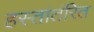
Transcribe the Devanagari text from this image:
हस्तांतंरित